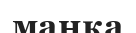
маңқа